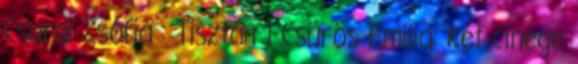
Csurai Zsófia : Tisztán 1 Csürös Emilia: Két cinege